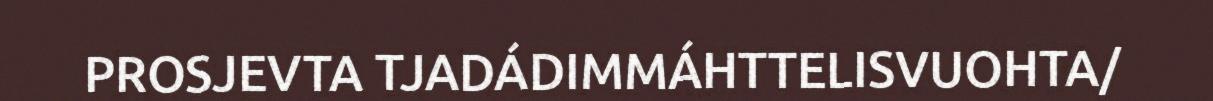
PROSJEVTA TJADÁDIMMÁHTTELISVUOHTA/